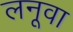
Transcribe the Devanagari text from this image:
लनूवा